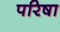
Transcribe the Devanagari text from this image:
परिषा